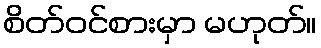
စိတ်ဝင်စားမှာ မဟုတ်။